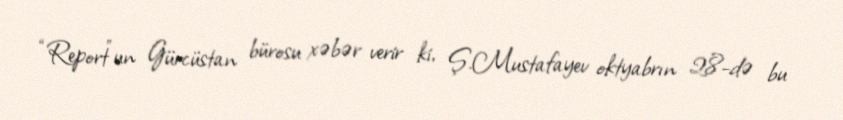
“Report”un Gürcüstan bürosu xəbər verir ki, Ş.Mustafayev oktyabrın 28-də bu